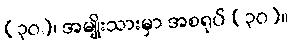
(၃၀)၊ အမျိုးသားမှာ အစရုပ် (၃၀)။